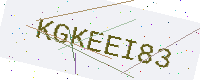
Text: KGKEEI83